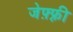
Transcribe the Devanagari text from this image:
जेफ़्फ़्री